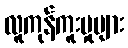
လူကုန်ကူးမှုများ